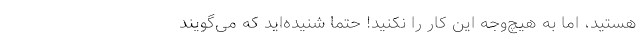
هستید، اما به هیچ‌وجه این کار را نکنید! حتما شنیده‌اید که می‌گویند